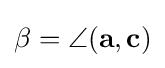
\beta =\angle (\mathbf {a} ,\mathbf {c} )